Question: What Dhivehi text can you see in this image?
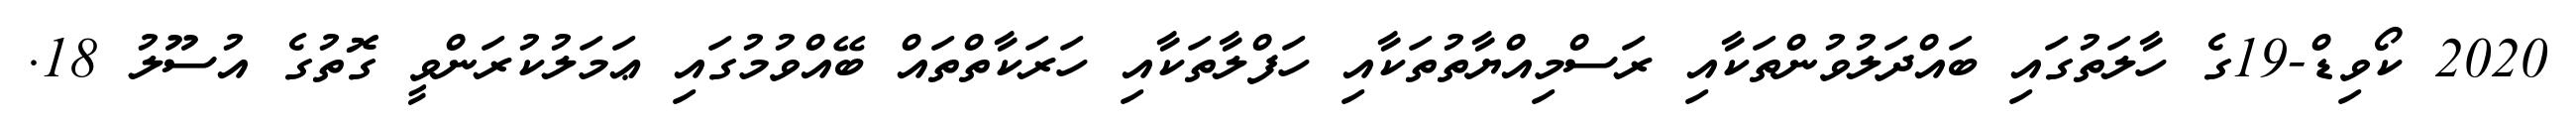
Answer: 2020 ކޯވިޑް-19ގެ ހާލަތުގައި ބައްދަލުވުންތަކާއި ރަސްމިއްޔާތުތަކާއި ހަފްލާތަކާއި ހަރަކާތްތައް ބޭއްވުމުގައި ޢަމަލުކުރަންވީ ގޮތުގެ އުސޫލު 18.